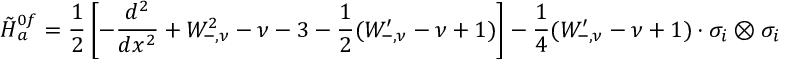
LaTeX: \tilde { H } { } _ { a } ^ { 0 f } = \frac { 1 } { 2 } \left[ - \frac { d ^ { 2 } } { d x ^ { 2 } } + W _ { - , \nu } ^ { 2 } - \nu - 3 - \frac { 1 } { 2 } ( W _ { - , \nu } ^ { \prime } - \nu + 1 ) \right] - \frac { 1 } { 4 } ( W _ { - , \nu } ^ { \prime } - \nu + 1 ) \cdot \sigma _ { i } \otimes \sigma _ { i }